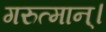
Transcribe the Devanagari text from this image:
गरुत्मान्।